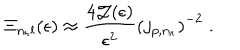
\Xi _ { n _ { r } l } ( \epsilon ) \approx \frac { 4 { \mathcal J } ( \epsilon ) } { \epsilon ^ { 2 } } \left( j _ { p , n _ { r } } \right) ^ { - 2 } \; .